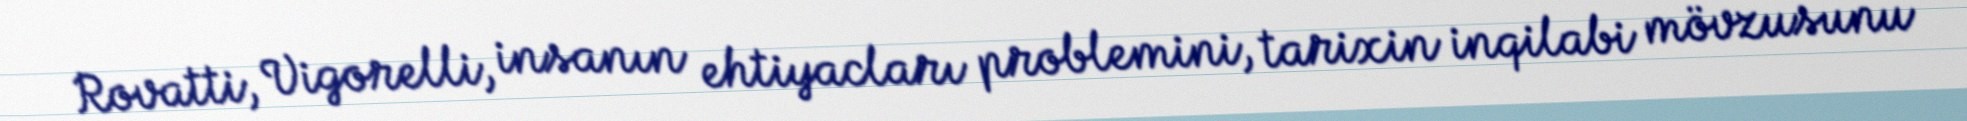
Rovatti, Vigorelli, insanın ehtiyacları problemini, tarixin inqilabi mövzusunu